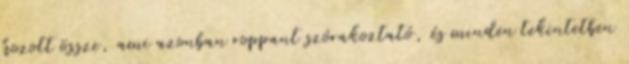
hozott össze, ami azonban roppant szórakoztató, és minden tekintetben